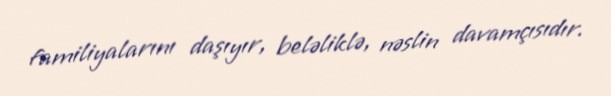
familiyalarını daşıyır, beləliklə, nəslin davamçısıdır.